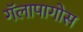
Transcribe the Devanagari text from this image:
गॅलापागोस